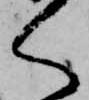
く